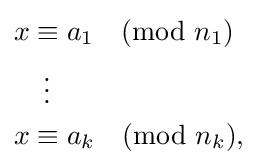
{\begin{aligned}x&\equiv a_{1}{\pmod {n_{1}}}\\&\,\,\,\vdots \\x&\equiv a_{k}{\pmod {n_{k}}},\end{aligned}}